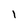
Character: 1